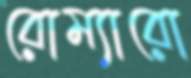
রোম্যারো